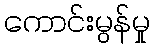
ကောင်းမွန်မှု